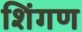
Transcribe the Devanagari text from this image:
शिंगण